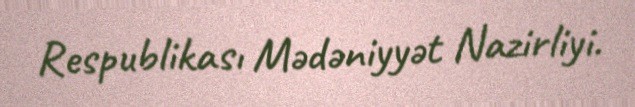
Respublikası Mədəniyyət Nazirliyi.